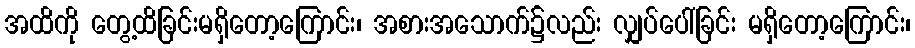
အထိကို တွေ့ထိခြင်းမရှိတော့ကြောင်း၊ အစားအသောက်၌လည်း လျှပ်ပေါ်ခြင်း မရှိတော့ကြောင်း၊